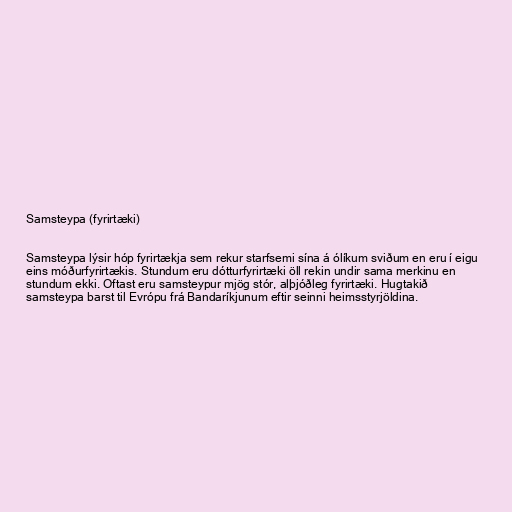
Samsteypa (fyrirtæki)

Samsteypa lýsir hóp fyrirtækja sem rekur starfsemi sína á ólíkum sviðum en eru í eigu
eins móðurfyrirtækis. Stundum eru dótturfyrirtæki öll rekin undir sama merkinu en
stundum ekki. Oftast eru samsteypur mjög stór, alþjóðleg fyrirtæki. Hugtakið
samsteypa barst til Evrópu frá Bandaríkjunum eftir seinni heimsstyrjöldina.